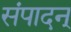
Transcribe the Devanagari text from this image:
संपादन्